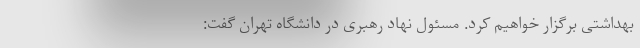
بهداشتی برگزار خواهیم کرد. مسئول نهاد رهبری در دانشگاه تهران گفت: